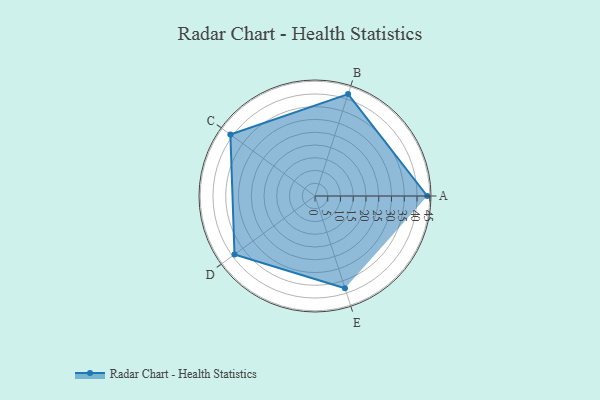
{"axis": {"x": "Skill", "y": "Score"}, "legend": ["Profile"], "data": [{"x": "A", "y": 44.0, "type": "Profile"}, {"x": "B", "y": 42.0, "type": "Profile"}, {"x": "C", "y": 41.0, "type": "Profile"}, {"x": "D", "y": 39.0, "type": "Profile"}, {"x": "E", "y": 38.0, "type": "Profile"}]}